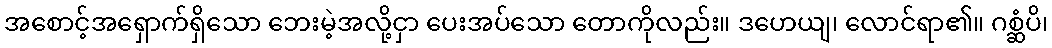
အစောင့်အရှောက်ရှိသော ဘေးမဲ့အလို့ငှာ ပေးအပ်သော တောကိုလည်း။ ဒဟေယျ၊ လောင်ရာ၏။ ဂစ္ဆံပိ၊